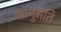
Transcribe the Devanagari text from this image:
आनुमति